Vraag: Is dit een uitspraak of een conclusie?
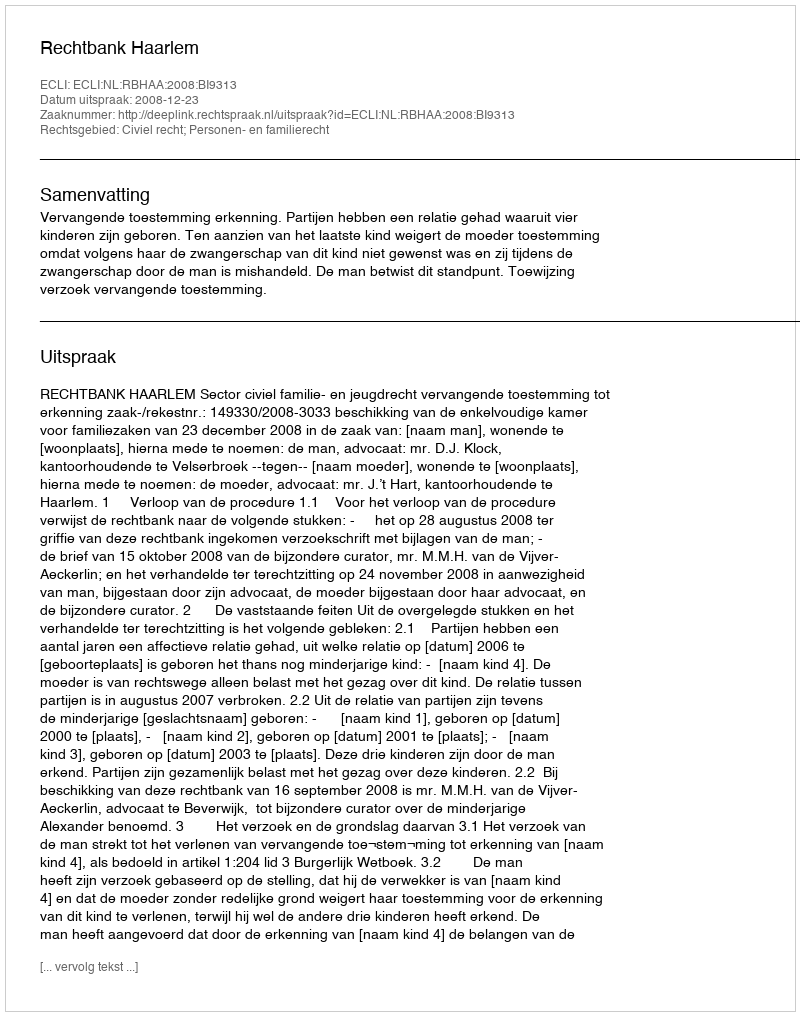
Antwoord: Uitspraak